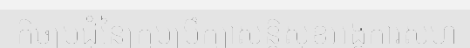
កិច្ចប្រជុំនៃក្រុមប្រឹក្សាសន្តិសុខអង្គការសហ